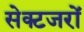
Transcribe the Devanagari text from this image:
सेक्टजरों